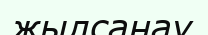
жылсанау